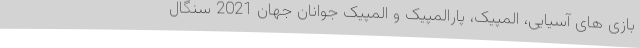
بازی های آسیایی، المپیک، پارالمپیک و المپیک جوانان جهان 2021 سنگال